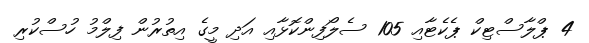
4 ޕްލާސްޓިކް ޕެކެޓާއި 105 ސެލޯފިންކޮޅާއި އަދި މީގެ އިތުރުން ފިލްމު ހުސްކުރި